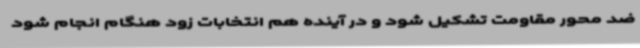
ضد محور مقاومت تشکیل شود و در آینده هم انتخابات زود هنگام انجام شود